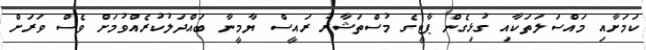
ކަމަށާއި މައްސަލަތަކާއި ގުޅިގެން ޕާޓީގެ މުސްތަޝާރު ރައީސް ޔާމީނާ ބައްދަލުކުރެއްވުމަށް ވެސް ވަރަށް